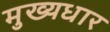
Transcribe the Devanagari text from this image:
मुख्यधार